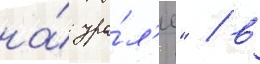
на́ ура́л'е" / в